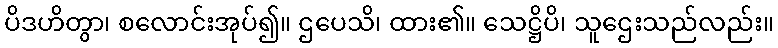
ပိဒဟိတွာ၊ စလောင်းအုပ်၍။ ဌပေသိ၊ ထား၏။ သေဋ္ဌိပိ၊ သူဌေးသည်လည်း။